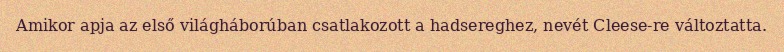
Amikor apja az első világháborúban csatlakozott a hadsereghez, nevét Cleese-re változtatta.